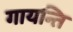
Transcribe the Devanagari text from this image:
गायन्ति